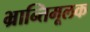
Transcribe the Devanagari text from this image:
भ्रान्तिमूलक